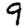
Digit: 9